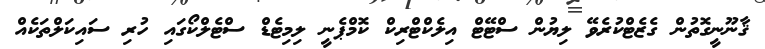
ޤާނޫނީގޮތުން ގެޒެޓްކުރެވޭ ލިޔުން ސްޓޭޓް އިލެކްޓްރިކް ކޮމްޕެނީ ލިމިޓެޑް ސްޓެލްކޯގައި ހުރި ސައިކަލްތަކެއް